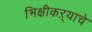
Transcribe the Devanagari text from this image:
भिक्षीकऱ्याचे